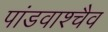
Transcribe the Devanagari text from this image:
पांडवाश्चैव